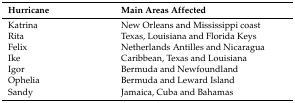
| Hurricane | Main Areas Affected |
 | --- | --- |
 | Katrina | New Orleans and Mississippi coast |
 | Rita | Texas, Louisiana and Florida Keys |
 | Felix | Netherlands Antilles and Nicaragua |
 | Ike | Caribbean, Texas and Louisiana |
 | Igor | Bermuda and Newfoundland |
 | Ophelia | Bermuda and Leward Island |
 | Sandy | Jamaica, Cuba and Bahamas |